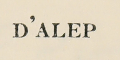
D'ALEP